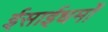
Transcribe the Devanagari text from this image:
ईसाईधर्मों